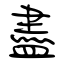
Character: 盡